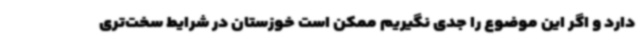
دارد و اگر این موضوع را جدی نگیریم ممکن است خوزستان در شرایط سخت‌تری